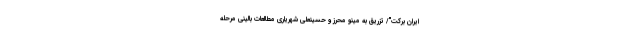
ایران برکت"/ تزریق به مینو محرز و حسینعلی شهریاری مطالعات بالینی مرحله